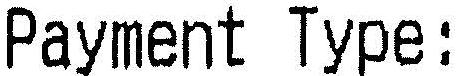
PAYMENT TYPE: